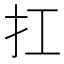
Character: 扛